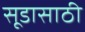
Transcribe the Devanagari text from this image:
सूडासाठी